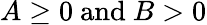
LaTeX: A\geq 0{\mathrm{~and~}}B>0